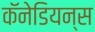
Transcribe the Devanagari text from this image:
कॅनेडियन्स